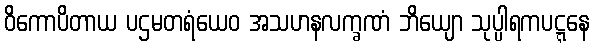
ဝိကောပိတာယ ပဌမတရံယေဝ အသဟနလက္ခဏံ ဘိယျော သုပ္ပါရကပဋ္ဋနေ